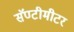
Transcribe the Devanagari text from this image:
सॅण्टीमीटर